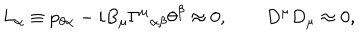
L _ { \alpha } \equiv p _ { \theta \alpha } - i B _ { \mu } { \Gamma ^ { \mu } } _ { \alpha \beta } \theta ^ { \beta } \approx 0 , \qquad D ^ { \mu } D _ { \mu } \approx 0 ,